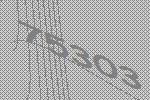
75303